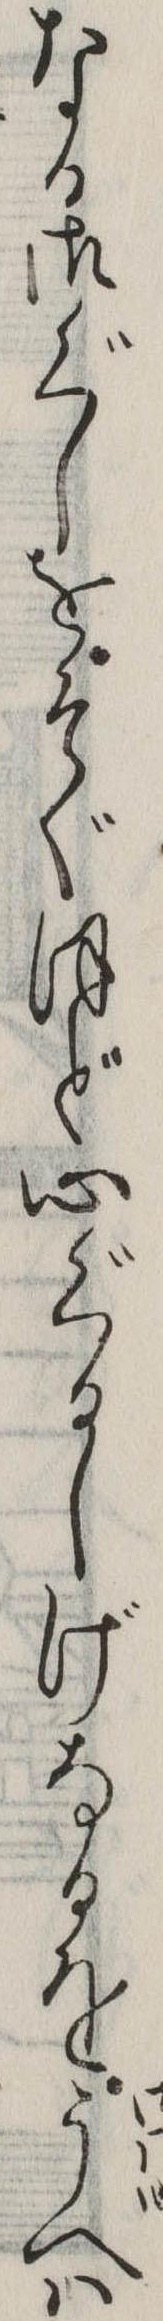
なる御ぐしをそぐほど心ぐるしげなるをうへは